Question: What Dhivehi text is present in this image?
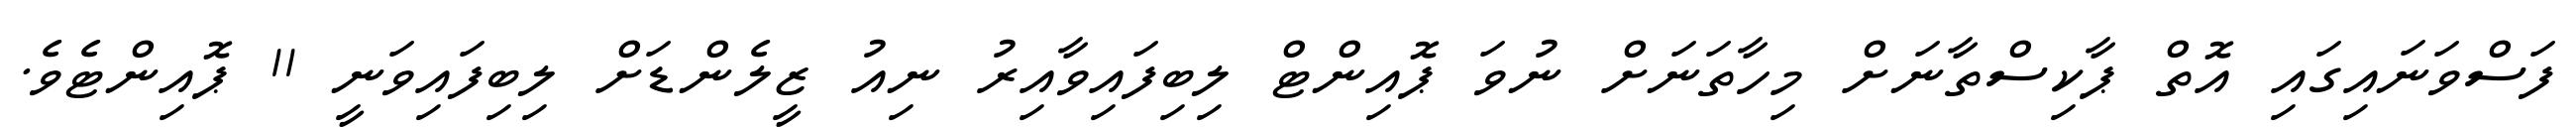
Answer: ފަސްވަނައިގައި އޮތް ޕާކިސްތާނަށް މިހާތަނަށް ނުވަ ޕޮއިންޓް ލިބިފައިވާއިރު ނިއު ޒީލެންޑަށް ލިބިފައިވަނީ 11 ޕޮއިންޓެވެ.